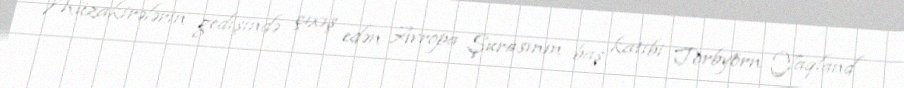
Müzakirələrin gedişində çıxış edən Avropa Şurasının baş katibi Torbyörn Yaqland